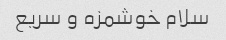
سلام خوشمزه و سریع